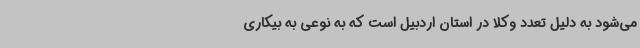
می‌شود به دلیل تعدد وکلا در استان اردبیل است که به نوعی به بیکاری